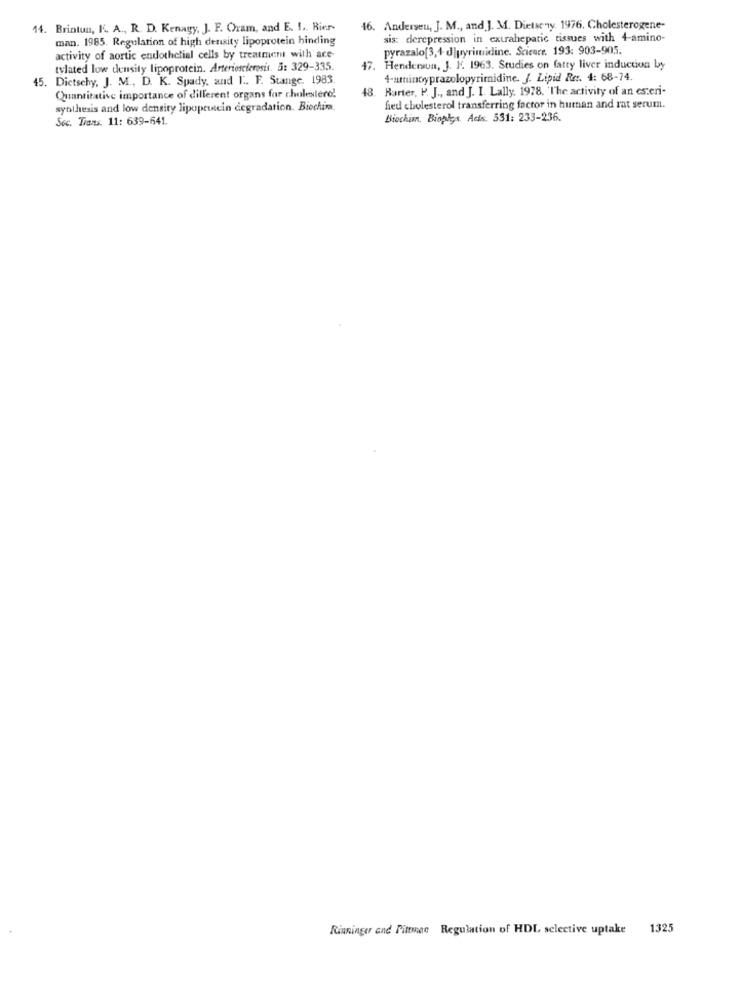
14. Brinton, K. A ., R. D. Kenagy, J. F. Chram, and E. f ., Bier-
16. Andersen, J. M ., and J. M. Dietseny. 1976. Cholesterogene-
man. 1985. Regulation of high density lipoprotein binding
sis: derepression in extrahepatic tissues with 4-amino-
pyrazalo[3,4 d|pyrimuidine. Science. 193: 903-905.
activity of aortic endothelial cells by treatment with ace-
tylated low density lipoprotein. Arteriosclerosis. 5: 329-335.
47. Henderson, J. J. 1963. Studies on fatty liver induction by
45. Dictsehy, J. M ., D. K. Spady, and I. F. Stange. 1983.
4-aminoyprazolopyrimidine. J. Lipid Re :. 4: 68-74.
48. Barter, P. J ., and J. I. Lally. 1978. 'The activity of an esteri-
Quantitative importance of different organs far cholestero!
synthesis and low density lipoprotein degradation. Biochina.
fied cholesterol transferring factor in human and rat serum.
Soc. Trans. 11: 639-641.
Biochim. Biophys Adis. 531: 233-236.
Riuninger and Pitman Regulation of HDL selective uptake 1325